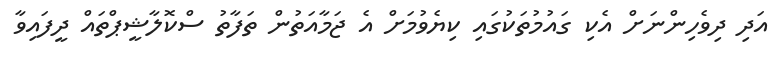
އަދި ދިވެހިންނަށް އެކި ގައުމުތަކުގައި ކިޔެވުމަށް އެ ޖަމާއަތުން ތަފާތު ސްކޮލާޝީޕްތައް ދީފައިވާ